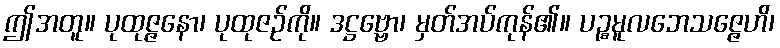
ဤအတူ။ ပုထုဇ္ဇနော၊ ပုထုဇဉ်ကို။ ဒဋ္ဌဗ္ဗော၊ မှတ်အပ်ကုန်၏။ ပဉ္စမူလဘေသဇ္ဇေဟိ၊